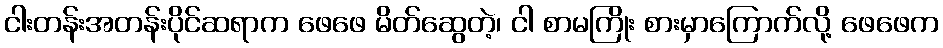
ငါးတန်းအတန်းပိုင်ဆရာက ဖေဖေ မိတ်ဆွေတဲ့၊ ငါ စာမကြိုး စားမှာကြောက်လို့ ဖေဖေက